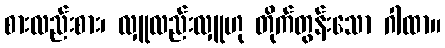
စားလည်းစား၊ လှူလည်းလှူဟု တိုက်တွန်းသော ဂါထာ။